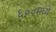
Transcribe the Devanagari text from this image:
६००मध्ये